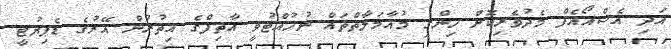
އަދި އެސްއޯއެފް މެދުވެރިކޮށް ހިންގި މުއާމަލާތްތައް ނުހުއްޓުވީ އާތިފްގެ އިތުރުން އޭރުގެ ޑެޕިޔުޓީ